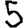
Digit: 5